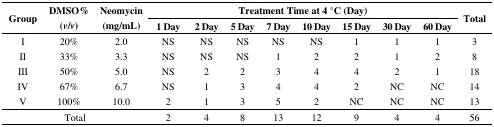
<table><thead><tr><td rowspan="2"><b>Group</b></td><td rowspan="2"><b>DMSO% (<i>v</i>/<i>v</i>)</b></td><td rowspan="2"><b>Neomycin (mg/mL)</b></td><td colspan="8"><b>Treatment Time at 4 °C (Day)</b></td><td rowspan="2"><b>Total</b></td></tr><tr><td><b>1 Day</b></td><td><b>2 Day</b></td><td><b>5 Day</b></td><td><b>7 Day</b></td><td><b>10 Day</b></td><td><b>15 Day</b></td><td><b>30 Day</b></td><td><b>60 Day</b></td></tr></thead><tbody><tr><td>I</td><td>20%</td><td>2.0</td><td>NS</td><td>NS</td><td>NS</td><td>NS</td><td>NS</td><td>1</td><td>1</td><td>1</td><td>3</td></tr><tr><td>II</td><td>33%</td><td>3.3</td><td>NS</td><td>NS</td><td>NS</td><td>1</td><td>2</td><td>2</td><td>1</td><td>2</td><td>8</td></tr><tr><td>III</td><td>50%</td><td>5.0</td><td>NS</td><td>2</td><td>2</td><td>3</td><td>4</td><td>4</td><td>2</td><td>1</td><td>18</td></tr><tr><td>IV</td><td>67%</td><td>6.7</td><td>NS</td><td>1</td><td>3</td><td>4</td><td>4</td><td>2</td><td>NC</td><td>NC</td><td>14</td></tr><tr><td>V</td><td>100%</td><td>10.0</td><td>2</td><td>1</td><td>3</td><td>5</td><td>2</td><td>NC</td><td>NC</td><td>NC</td><td>13</td></tr><tr><td colspan="3">Total</td><td>2</td><td>4</td><td>8</td><td>13</td><td>12</td><td>9</td><td>4</td><td>4</td><td>56</td></tr></tbody></table>